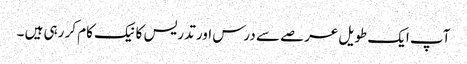
آپ ایک طویل عرصے سے درس اور تدریس کا نیک کام کر رہی ہیں ۔